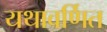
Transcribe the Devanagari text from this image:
यथावर्णित